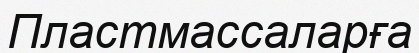
Пластмассаларға